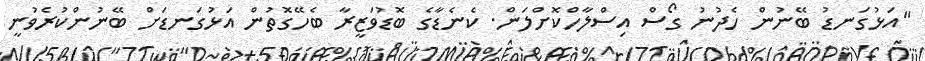
"އަޅުގަނޑު ބޭނުން ހެދުނު ގޯސް އިސްލާހްކޮށްލަން. ކެނެޑާގެ ބޮޑުވަޒީރާ ބެހޭގޮތުން އަޅުގަނޑަށް ބޭނުންކުރެވުނީ